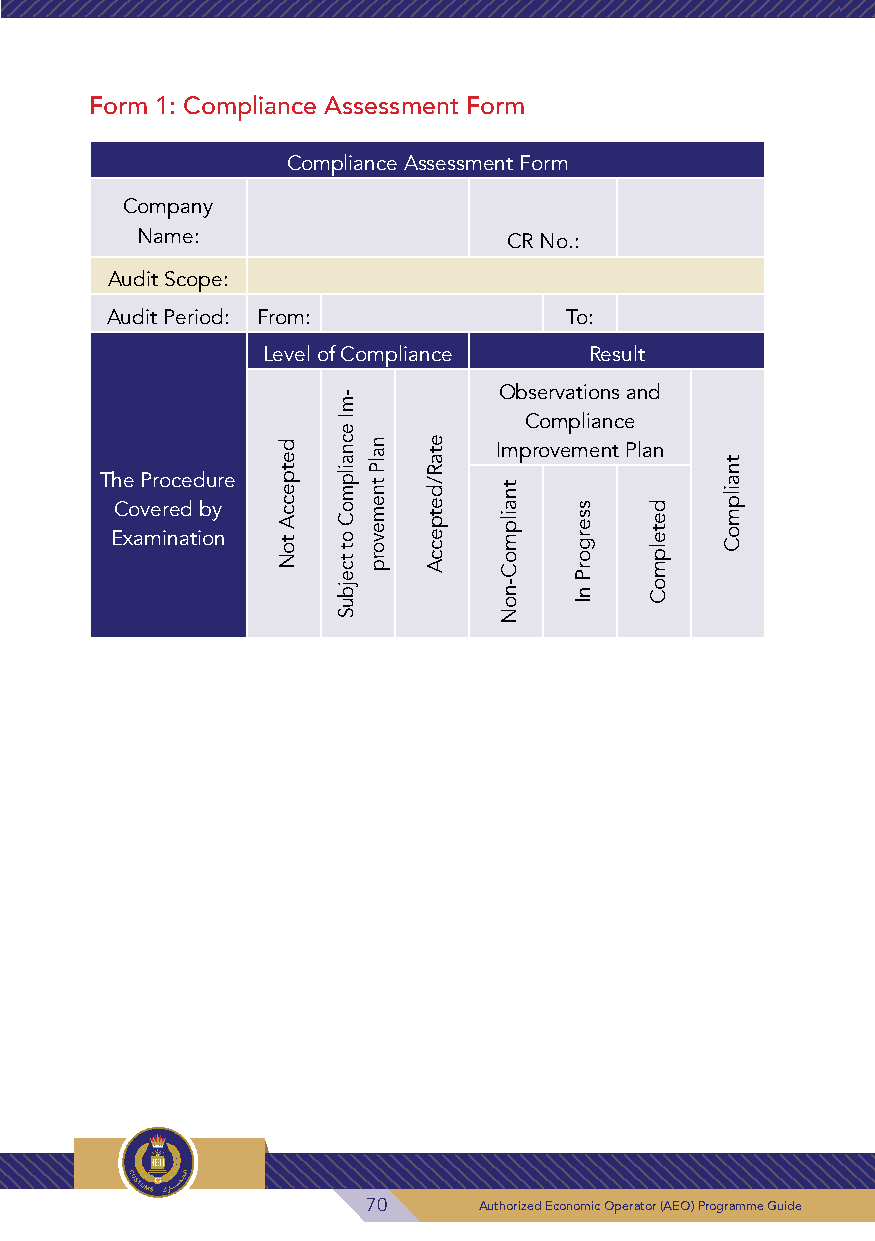
Form 1: Compliance Assessment Form
 Compliance Assessment Form
 Company
 Name:                   CR No.:
 Audit Scope:
 Audit Period: From:           To:
 Level of Compliance   Result
 Observations and
 Compliance
 Improvement Plan
 The Procedure
 Covered by
 Examination
 70      Authorized Economic Operator (AEO) Programme Guide
 detpeccA
 toN
 -mI
 ecnailpmoC
 ot
 tcejbuS
 nalP
 tnemevorp
 etaR/detpeccA
 tnailpmoC-noN
 ssergorP
 nI
 detelpmoC
 tnailpmoC